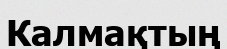
Калмақтың